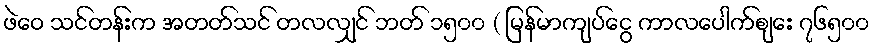
ဖဲဝေ သင်တန်းက အတတ်သင် တလလျှင် ဘတ် ၁၅၀၀ ( မြန်မာကျပ်ငွေ ကာလပေါက်စျေး ၇၆၅၀၀